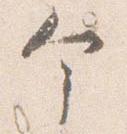
个